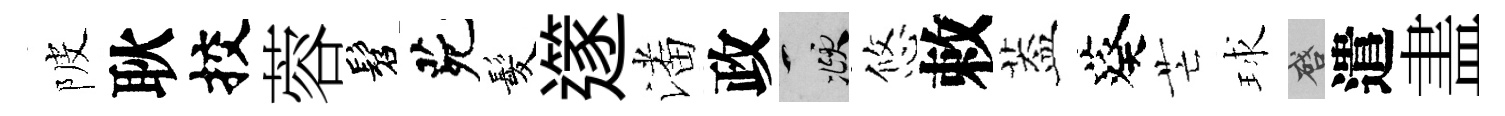
陂耿挍蓉髫茕髪𨗹潘政頫悠敕葢葵芒球啓遣𥁞